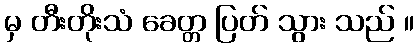
မှ တီးတိုးသံ ခေတ္တ ပြတ် သွား သည် ။